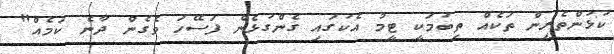
ކުޅުންތެރިން ތަކެއް ތިބުމަކީ ޓީމު އެކުގައި ގެންގުޅެން ފަސޭހަ ވެގެން ދާނެ ކަމެއް"